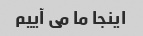
اینجا ما می آییم